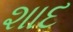
શાદ